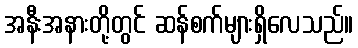
အနီးအနားတို့တွင် ဆန်စက်များရှိလေသည်။